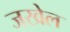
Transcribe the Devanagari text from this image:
जखेल